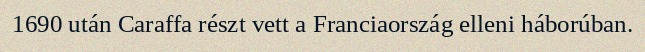
1690 után Caraffa részt vett a Franciaország elleni háborúban.